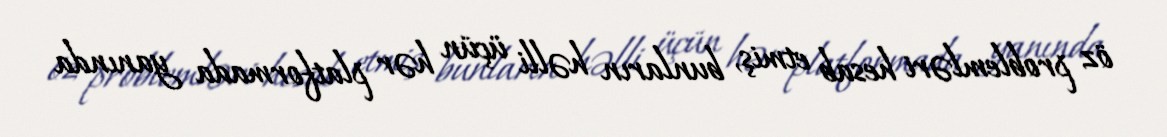
öz problemləri hesab etmiş, bunların həlli üçün hər platformada yanında